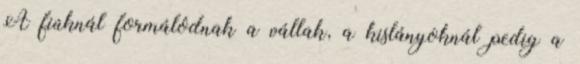
A fiúknál formálódnak a vállak, a kislányoknál pedig a